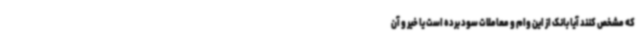
که مشخص کنند آیا بانک از این وام و معاملات سود برده است یا خیر و آن